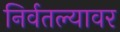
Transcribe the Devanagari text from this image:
निर्वतल्यावर